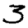
Digit: 3